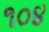
૧૦૪